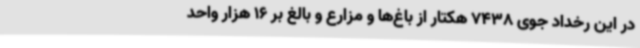
در این رخداد جوی 7438 هکتار از باغ‌ها و مزارع و بالغ بر 16 هزار واحد